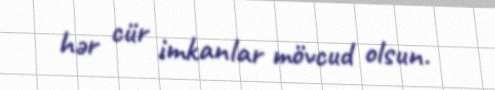
hər cür imkanlar mövcud olsun.